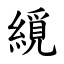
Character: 䌐